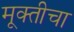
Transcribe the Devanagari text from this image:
मूक्तीचा